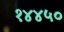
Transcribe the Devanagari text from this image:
१४४५०